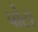
પોટા